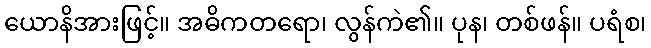
ယောနိအားဖြင့်။ အဓိကတရော၊ လွန်ကဲ၏။ ပုန၊ တစ်ဖန်။ ပရံစ၊